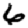
Digit: 6